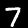
Label: 7